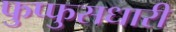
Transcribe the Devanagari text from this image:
फुप्फुसधारी